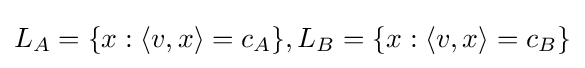
L_{A}=\{x:\langle v,x\rangle =c_{A}\},L_{B}=\{x:\langle v,x\rangle =c_{B}\}